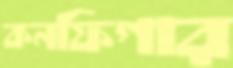
কনফিগার